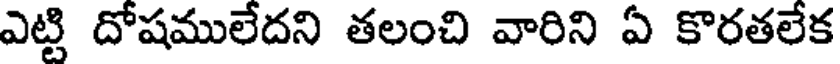
ఎట్టి దోషములేదని తలంచి వారిని ఏ కొరతలేక